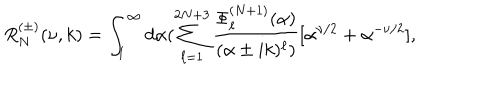
R _ { N } ^ { ( \pm ) } ( \nu , k ) = \int _ { 1 } ^ { \infty } d \alpha ( \sum _ { \ell = 1 } ^ { 2 N + 3 } \frac { \Phi _ { \ell } ^ { ( N + 1 ) } ( \alpha ) } { ( \alpha \pm i k ) ^ { \ell } ) } [ \alpha ^ { \nu / 2 } + \alpha ^ { - \nu / 2 } ] ,